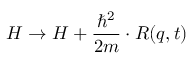
H \rightarrow H + \frac { \hbar ^ { 2 } } { 2 m } \cdot R ( q , t )